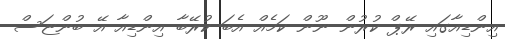
އިންޑިއާގައި ރޭޕް ކުރުން ނޫން ކަމެއް އެބަ ކުރޭބާ އިންޑިއާ އޭ ބުންޏަސް